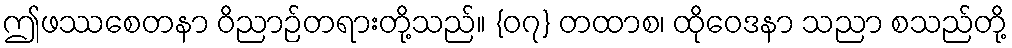
ဤဖဿစေတနာ ဝိညာဉ်တရားတို့သည်။ {၀၇} တထာစ၊ ထိုဝေဒနာ သညာ စသည်တို့